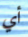
أي